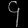
Digit: ၄